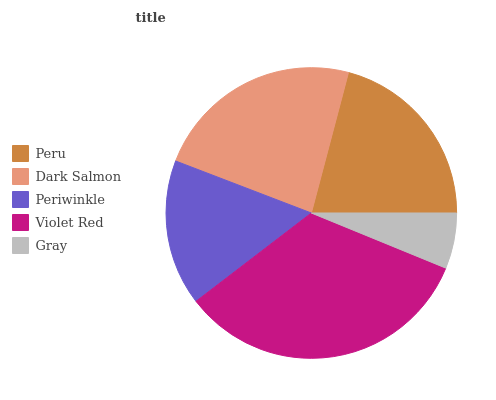
| Peru | Dark Salmon | Periwinkle | Violet Red | Gray |
 | --- | --- | --- | --- | --- |
 | 20.9% | 23.3% | 16.2% | 33.4% | 6.2% |